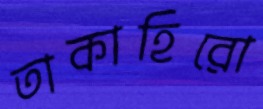
তাকাহিরো